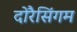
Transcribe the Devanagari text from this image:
दोरैसिंगम